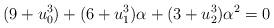
LaTeX: \begin{align*}(9+u_0^3)+(6+u_1^3)\alpha+(3+u_2^3)\alpha^2=0\end{align*}